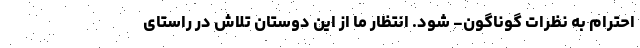
احترام به نظرات گوناگون- شود. انتظار ما از این دوستان تلاش در راستای